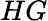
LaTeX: HG